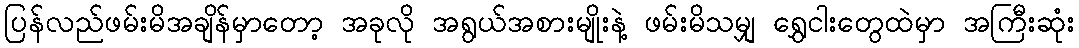
ပြန်လည်ဖမ်းမိအချိန်မှာတော့ အခုလို အရွယ်အစားမျိုးနဲ့ ဖမ်းမိသမျှ ရွှေငါးတွေထဲမှာ အကြီးဆုံး